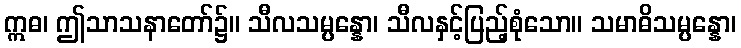
ဣဓ၊ ဤသာသနာတော်၌။ သီလသမ္ပန္နော၊ သီလနှင့်ပြည့်စုံသော။ သမာဓိသမ္ပန္နော၊